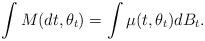
LaTeX: \begin{align*}\int M(dt,\theta_t) = \int \mu(t,\theta_t)dB_t.\end{align*}